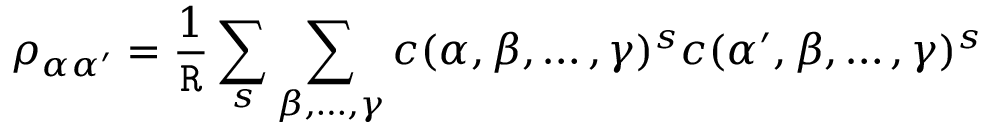
\rho _ { \alpha \alpha ^ { \prime } } = \frac { 1 } { \tt R } \sum _ { s } \sum _ { \beta , \dots , \gamma } c ( \alpha , \beta , \dots , \gamma ) ^ { s } c ( \alpha ^ { \prime } , \beta , \dots , \gamma ) ^ { s }